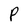
Character: P